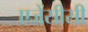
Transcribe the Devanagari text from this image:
एजेंसीसी